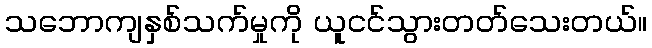
သဘောကျနှစ်သက်မှုကို ယူငင်သွားတတ်သေးတယ်။